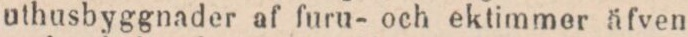
uthusbyggnader af furu- och ektimmer äfven